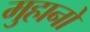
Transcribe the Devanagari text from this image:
मुहानो